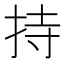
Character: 持